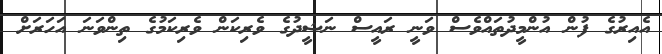
އެއިރުގެ ފުން އުންމީދުތައްވެސް ވަނީ ރައީސް ނަޝީދުގެ ވެރިކަން ވެރިކަމުގެ ތިންވަނަ އަހަރަށް